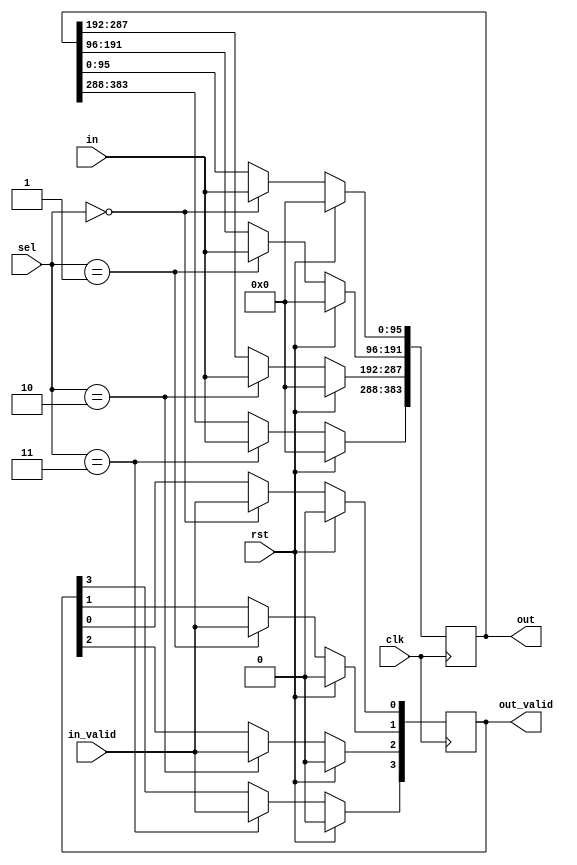
/////////////////////////////////////////////////////////////////////////////////////////////////////////////////////////////////////////////////////////////////////////
// Module: DeMux_1_to_4.v
//
//	Function: 
//				DeMux used to construct reduction tree for very large muxes
//
// Data Organization:
//				TBD
//
// Used by:
//				TBD
//
// Dependency:
//				N/A
//
// Testbench:
//				TBD
//
// Timing:
//				1 cycle				
/////////////////////////////////////////////////////////////////////////////////////////////////////////////////////////////////////////////////////////////////////////

module DeMux_1_to_4
#(
	parameter DATA_WIDTH 		= 32*3,
	parameter NUM_OUTPUT_PORTS	= 4,
	parameter SEL_DIWTH 			= 2				// log(NUM_INPUT_PORTS) / log(2)
)
(
	input clk,
	input rst,
	input [SEL_DIWTH-1:0] sel,
	input in_valid,
	input [DATA_WIDTH-1:0] in,
	output reg [NUM_OUTPUT_PORTS*DATA_WIDTH-1:0] out,
	output reg [NUM_OUTPUT_PORTS-1:0] out_valid
);

	always@(posedge clk)
		begin
		if(rst)
			begin
			out <= 0;
			out_valid <= 0;
			end
		else
			begin
			case(sel)
				0:
					begin
					out[1*DATA_WIDTH-1:0*DATA_WIDTH] <= in;
					out_valid[0] <= in_valid;
					end
				1:
					begin
					out[2*DATA_WIDTH-1:1*DATA_WIDTH] <= in;
					out_valid[1] <= in_valid;
					end
				2:
					begin
					out[3*DATA_WIDTH-1:2*DATA_WIDTH] <= in;
					out_valid[2] <= in_valid;
					end
				3:
					begin
					out[4*DATA_WIDTH-1:3*DATA_WIDTH] <= in;
					out_valid[3] <= in_valid;
					end
				default:
					begin
					out[1*DATA_WIDTH-1:0*DATA_WIDTH] <= in;
					out_valid[0] <= in_valid;
					end
			endcase
			end
		end


endmodule